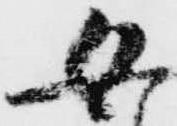
女